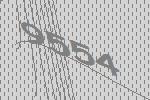
9554